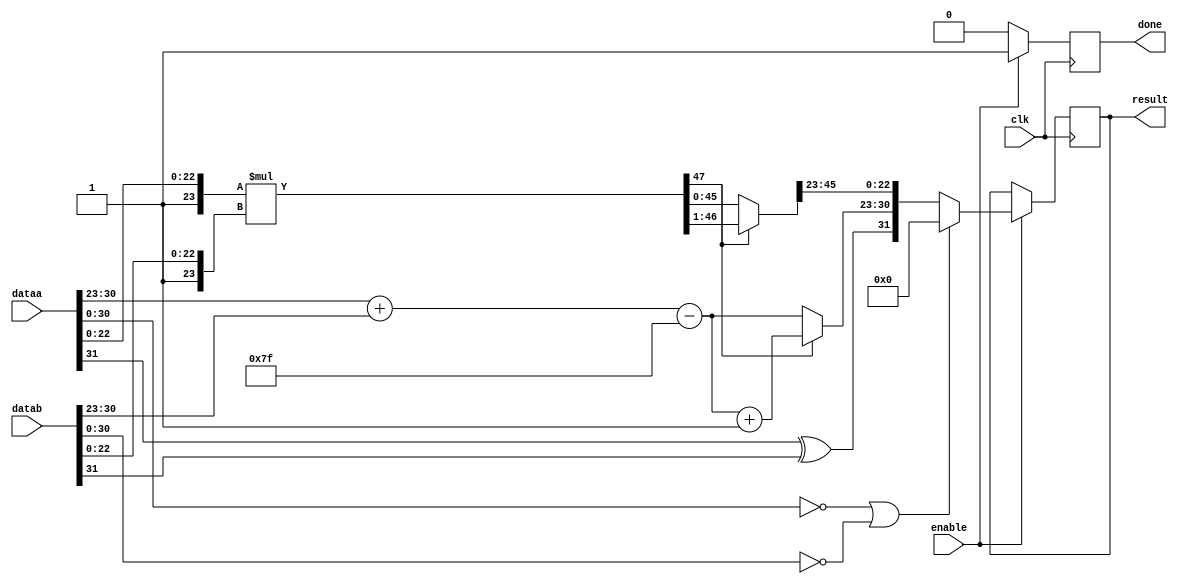
module Task6_Mult(
	dataa,
	datab,
	result,
	enable,
	done,
	clk);
	
	input enable;
	input clk;
	input [31:0] dataa, datab;
	output reg done;
	output reg [31:0] result;
	
	wire sign_a;
	wire sign_b;
	
	wire [7:0] exp_a;
	wire [7:0] exp_b;
	
	wire [22:0] mant_a; 
	wire [22:0] mant_b;
	
	reg sign_sum;
	reg [7:0] exp_sum;
	reg [23:0] tmp_mant_a;
	reg [23:0] tmp_mant_b;
	reg [47:0] tmp_mant_sum;
	reg [22:0] mant_sum;
	
	//reg complete;
	
	assign {sign_a, exp_a, mant_a} = dataa[31:0];
	assign {sign_b, exp_b, mant_b} = datab[31:0];
	
	//reg [7:0] counter;
	
	
	always @ (posedge clk) begin
		//if (complete) begin
		//   done <= 1'b1;
		//end
		if (enable) begin
			if ({exp_a, mant_a} == 30'b0 || {exp_b, mant_b} == 30'b0) begin
				result <= 32'b0;
				done <= 1'b1;
			end
			else begin
				
				sign_sum = sign_a ^ sign_b;
				exp_sum = exp_a + exp_b - 8'd127;
				
				tmp_mant_a = {1'b1, mant_a[22:0]};
				tmp_mant_b = {1'b1, mant_b[22:0]};
				
				tmp_mant_sum = tmp_mant_a * tmp_mant_b; // omg this expression is gonna cost a lot lol.
				
				
				if (tmp_mant_sum[47]) begin
					tmp_mant_sum = tmp_mant_sum >> 1'b1;
					exp_sum = exp_sum + 1'b1;
				end
				
				mant_sum = tmp_mant_sum[45:23];
				
				result <= {sign_sum, exp_sum, mant_sum};
				
				done <= 1'b1;
			end
		end
		else begin
			done <= 1'b0;
		end
	end
endmodule